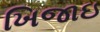
ખિજાઇ